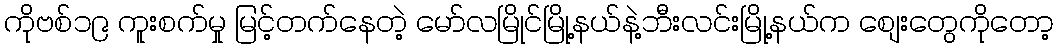
ကိုဗစ်၁၉ ကူးစက်မှု မြင့်တက်နေတဲ့ မော်လမြိုင်မြို့နယ်နဲ့ဘီးလင်းမြို့နယ်က စျေးတွေကိုတော့